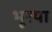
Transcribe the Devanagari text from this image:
भूरया